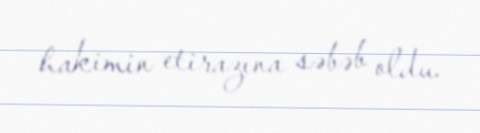
hakimin etirazına səbəb oldu.